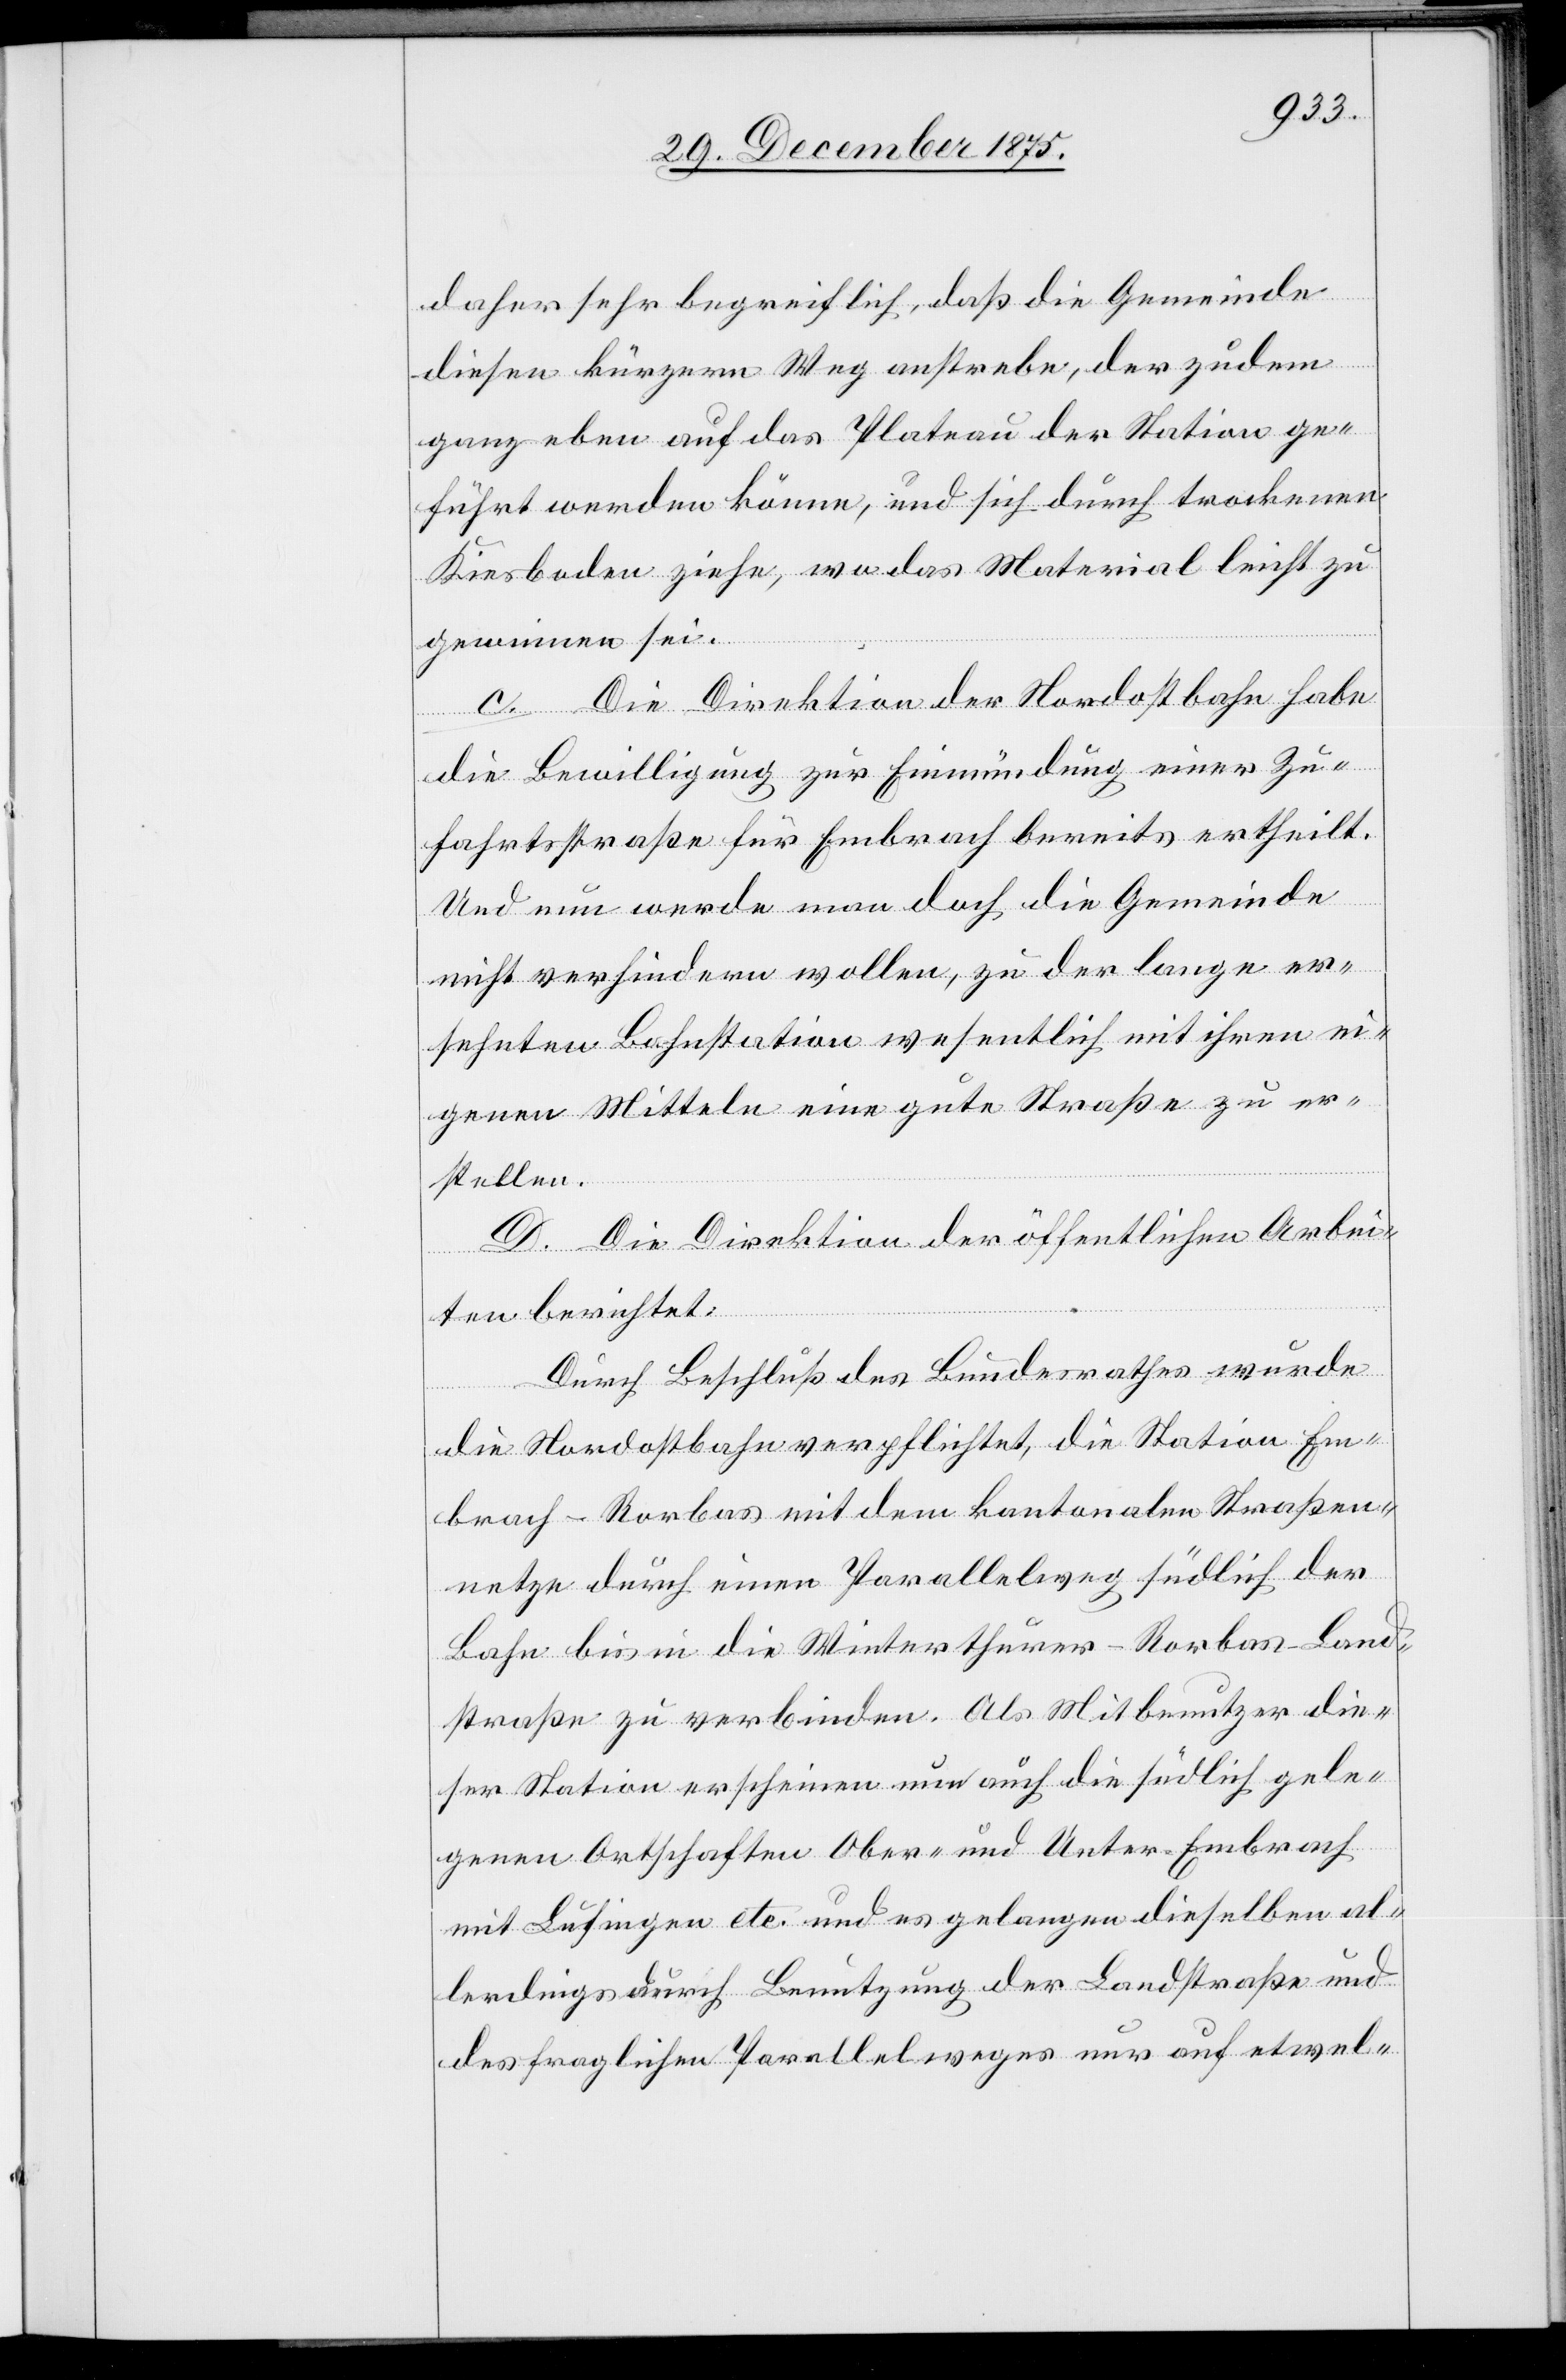
daher sehr begreiflich, daß die Gemeinde
diesen kürzern Weg anstrebe, der zudem
ganz eben auf das Plateau der Station ge¬
führt werden könne, und sich durch trockenen
Kiesboden zieht, wo das Material leicht zu
Em¬
gewinnen sei.
c. Die Direktion der Nordostbahn habe
die Bewilligung zur Einmündung einer Zu¬
fahrtsstraße für Embrach bereits ertheilt.
Und nun werde man doch die Gemeinde
nicht verhindern wollen, zu der lange er¬
sehnten Bahnstation wesentlich mit ihren ei¬
genen Mitteln eine gute Straße zu er¬
stellen.
D. Die Direktion der öffentlichen Arbei¬
ten berichtet:
Durch Beschluß des Bundesrathes wurde
brach-Rorbas mit dem kantonalen Straßen¬
netze durch einen Parallelweg südlich der
Bahn bis in die Winterthurer–Rorbas-Land¬
straße zu verbinden. Als Mitbenutzer die¬
ser Station erscheinen nun auch die südlich gele¬
genen Ortschaften Ober- und Unter-Embrach
mit Lufingen etc. und es gelangen dieselben al¬
lerdings durch Benutzung der Landstraße und
des fraglichen Parallelweges nur auf etwel-